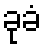
ခုခံ